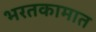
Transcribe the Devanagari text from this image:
भरतकामात